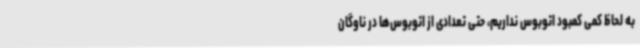
به لحاظ کمی کمبود اتوبوس نداریم، حتی تعدادی از اتوبوس‌ها در ناوگان